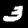
Label: 3